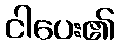
ငါပေး၏